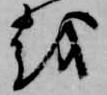
越